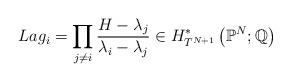
LaTeX: \begin{align*} Lag_i = \prod_{j \neq i} \frac{H-\lambda_j}{\lambda_i-\lambda_j} \in H_{T^{N+1}}^*\left(\mathbb{P}^N ; \mathbb{Q} \right)\end{align*}